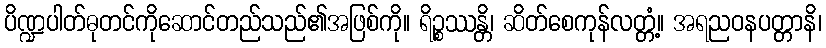
ပိဏ္ဍပါတ်ဓုတင်ကိုဆောင်တည်သည်၏အဖြစ်ကို။ ရိဉ္စဿန္တိ၊ ဆိတ်စေကုန်လတ္တံ့။ အရညဝနပတ္တာနိ၊